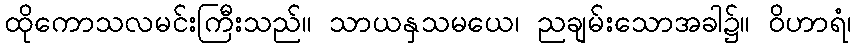
ထိုကောသလမင်းကြီးသည်။ သာယနှသမယေ၊ ညချမ်းသောအခါ၌။ ဝိဟာရံ၊